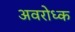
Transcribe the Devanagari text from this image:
अवरोध्क